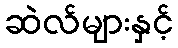
ဆဲလ်များနှင့်